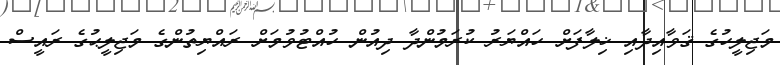
މަޖިލީހުގެ ޤަވާއިދާއި ޚިލާފަށް ހައްޔަރު ކުރަމުންދާ ދިއުން ހުއްޓުވުމަށް ރައްޔިތުންގެ މަޖިލީޙުގެ ރައީސް